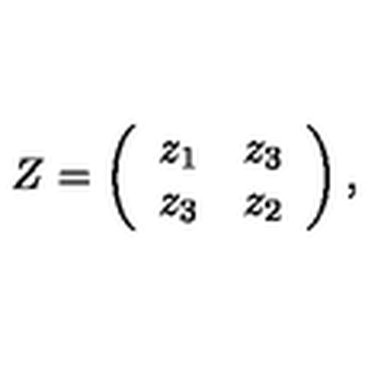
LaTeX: Z = \left( \begin{array} { c r c } { z _ { 1 } } & { z _ { 3 } } \\ { z _ { 3 } } & { z _ { 2 } } \\ \end{array} \right) ,